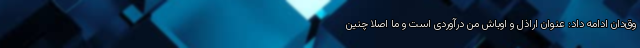
وق‌دان ادامه داد: عنوان اراذل و اوباش من درآوردی است و ما اصلا چنین